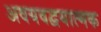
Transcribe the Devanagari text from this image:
अवयवद्वयात्मक